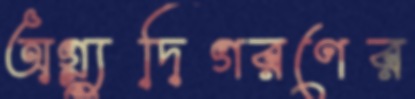
অগ্ন্যুদিগরণের